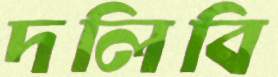
দলিবি